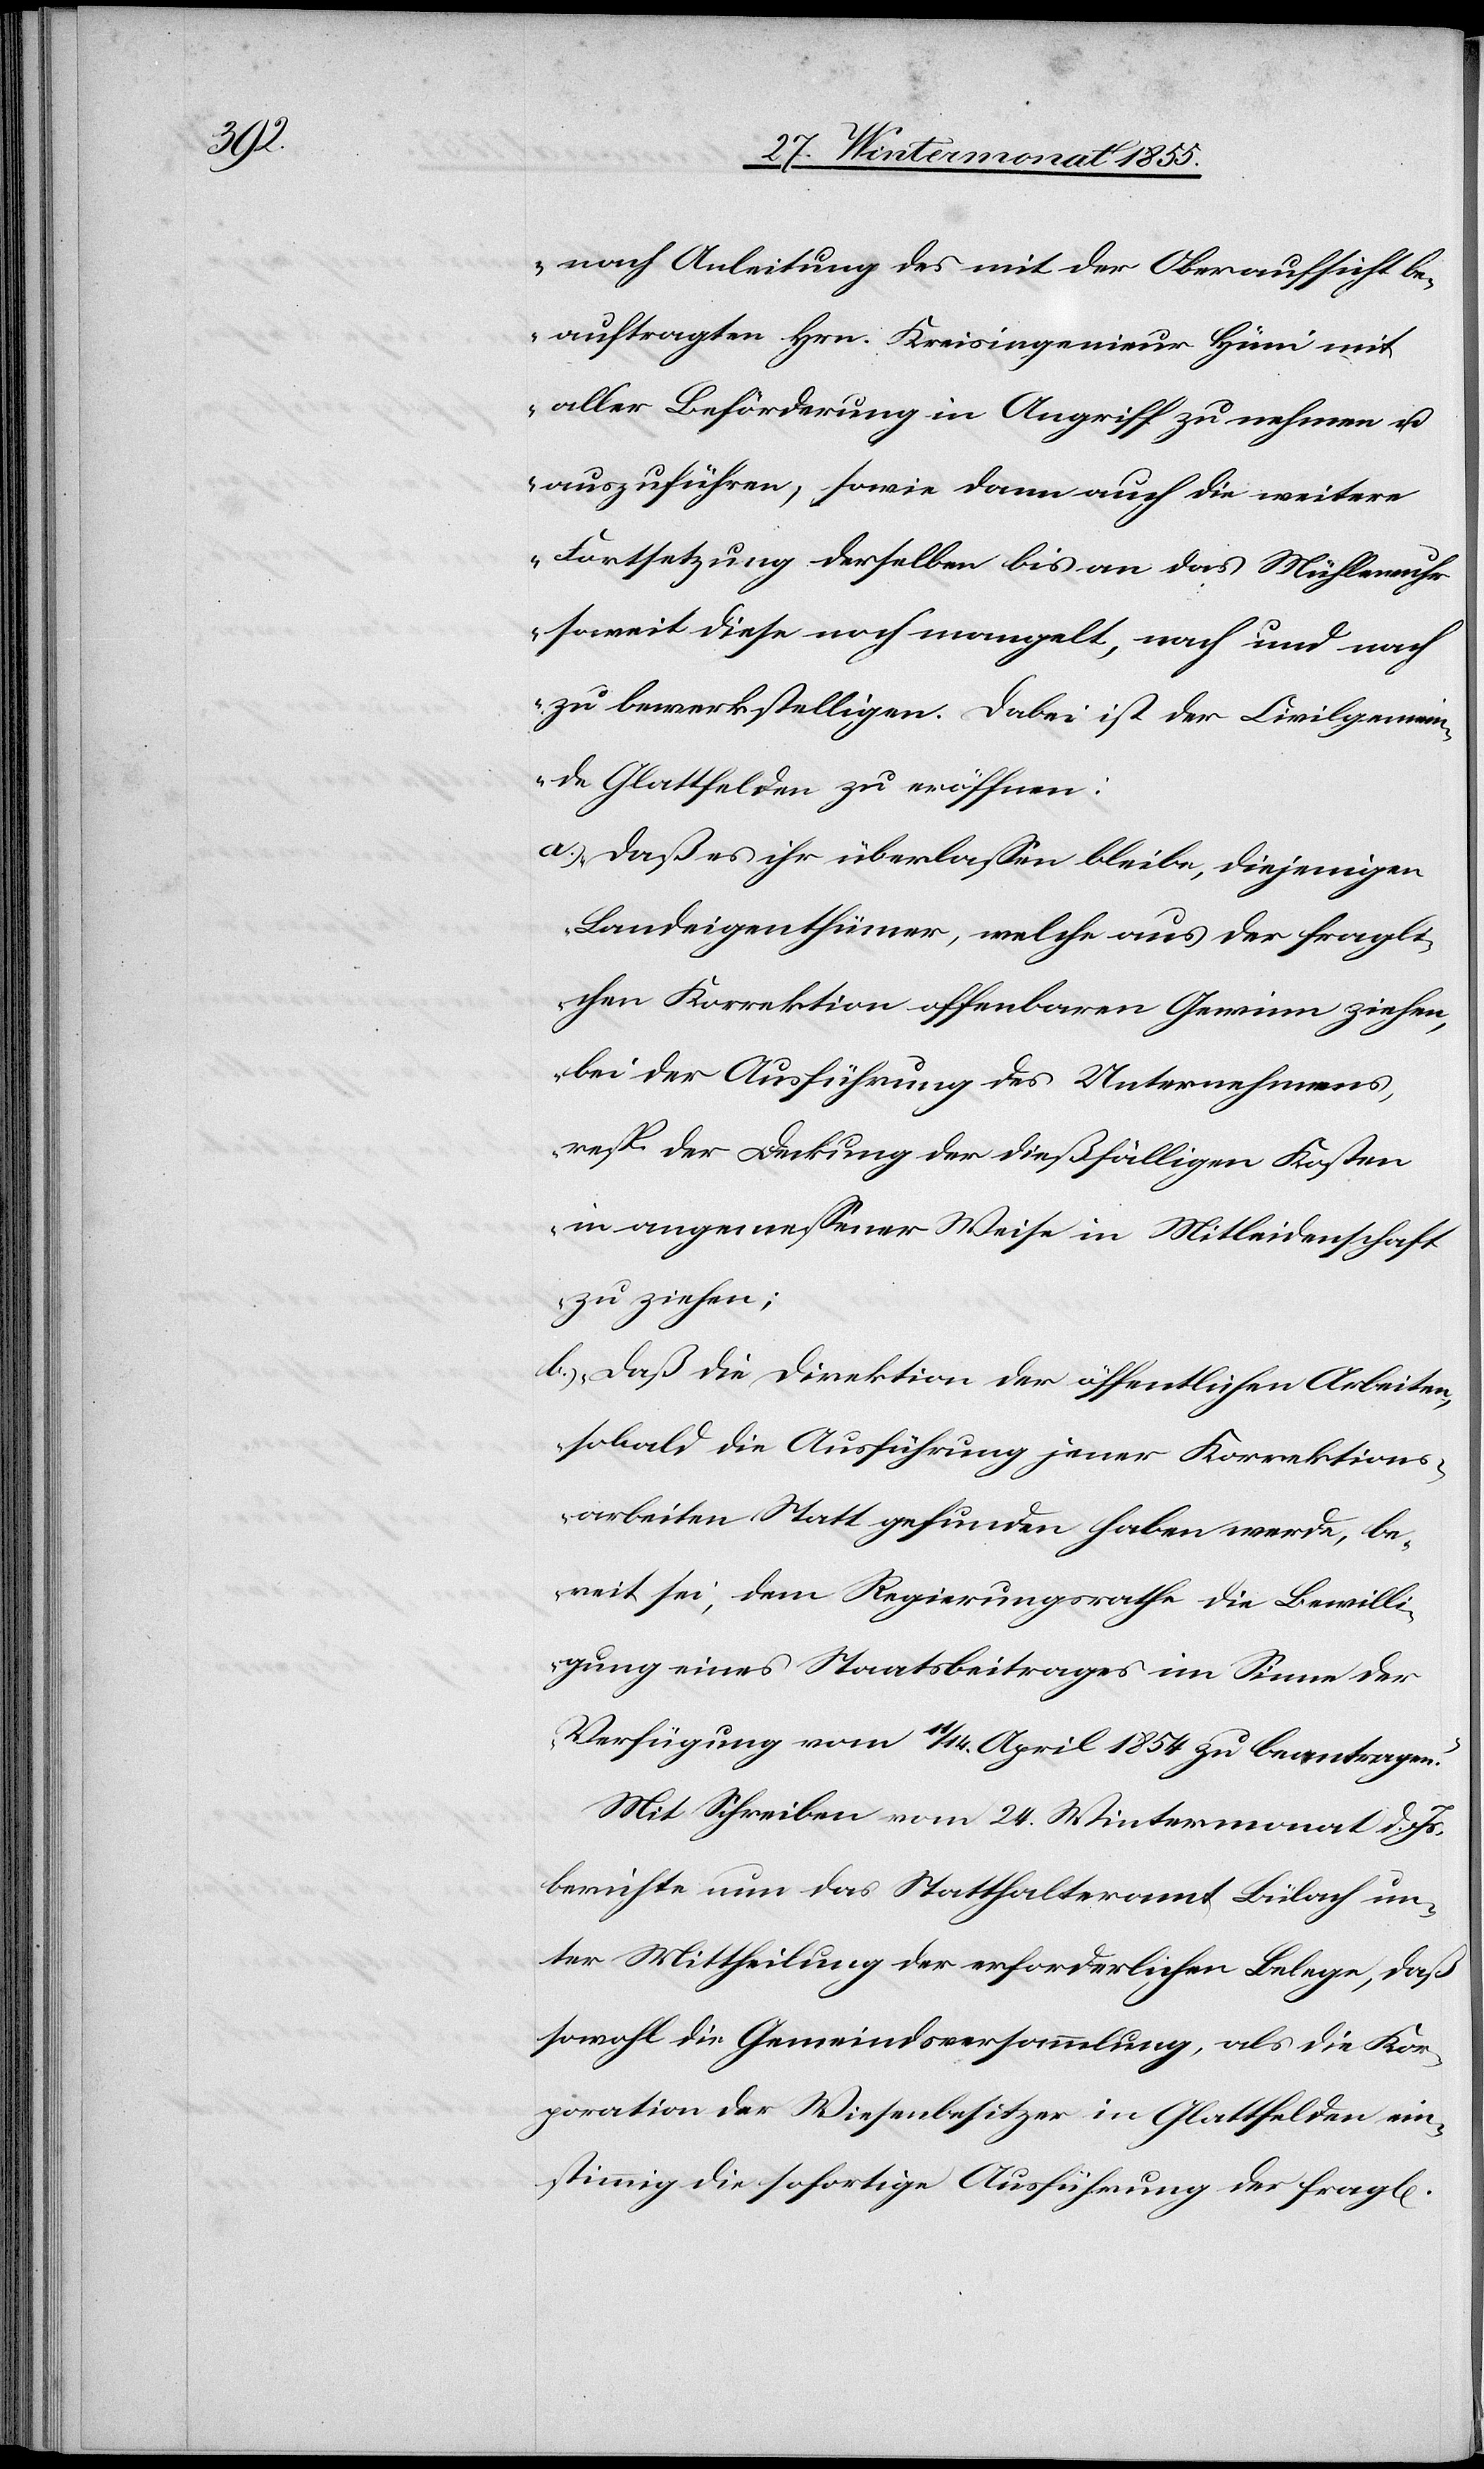
chen]

nach Anleitung des mit der Oberaufsicht be¬
auftragten Hrn. Kreisingenieur Hüni mit
aller Beförderung in Angriff zu nehmen u.
auszuführen, sowie dann auch die weitere
Fortsetzung derselben bis an das Mühlewuhr
soweit diese noch mangelt, nach und nach
zu bewerkstelligen. Dabei ist der Civilgemein¬
de Glattfelden zu eröffnen:
daß es ihr überlassen bleibe, diejenigen
Landeigenthümer, welche aus der fragli¬
chen Korrektion offenbaren Gewinn ziehen,
bei der Ausführung des Unternehmens,
resp. der Deckung der dießfälligen Kosten
in angemessener Weise in Mitleidenschaft
zu ziehen;
daß die Direktion der öffentlichen Arbeiten,
sobald die Ausführung jener Korrektions¬
arbeiten Statt gefunden haben werde, be¬
reit sei, dem Regierungsrathe die Bewilli¬
gung eines Staatsbeitrages im Sinne der
Verfügung vom 11 / 14. April 1854 zu beantragen.“
Mit Schreiben vom 24. Wintermonat d. Js.
berichte nun das Statthalteramt Bülach un¬
ter Mittheilung der erforderlichen Belege, daß
sowohl die Gemeindsversammlung, als die Kor¬
poration der Wiesenbesitzer in Glattfelden ein¬
stimmig die sofortige Ausführung der fragl[i¬